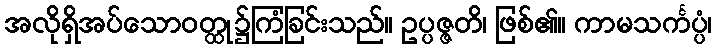
အလိုရှိအပ်သောဝတ္ထု၌ကြံခြင်းသည်။ ဥပ္ပဇ္ဇတိ၊ ဖြစ်၏။ ကာမသင်္ကပ္ပံ၊